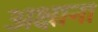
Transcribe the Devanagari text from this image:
अक्षाना